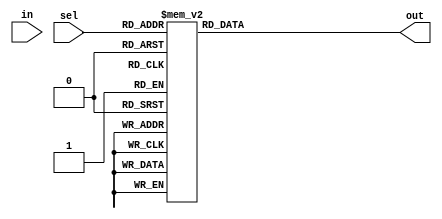
module demux_1to16 (
  input wire [3:0] sel,
  input wire in,
  output reg [15:0] out
);

always @ (sel, in)
begin
  case(sel)
    4'b0000: out = 16'b0000000000000001;
    4'b0001: out = 16'b0000000000000010;
    4'b0010: out = 16'b0000000000000100;
    4'b0011: out = 16'b0000000000001000;
    4'b0100: out = 16'b0000000000010000;
    4'b0101: out = 16'b0000000000100000;
    4'b0110: out = 16'b0000000001000000;
    4'b0111: out = 16'b0000000010000000;
    4'b1000: out = 16'b0000000100000000;
    4'b1001: out = 16'b0000001000000000;
    4'b1010: out = 16'b0000010000000000;
    4'b1011: out = 16'b0000100000000000;
    4'b1100: out = 16'b0001000000000000;
    4'b1101: out = 16'b0010000000000000;
    4'b1110: out = 16'b0100000000000000;
    4'b1111: out = 16'b1000000000000000;
    default: out = 16'b0000000000000000;
  endcase
end

endmodule